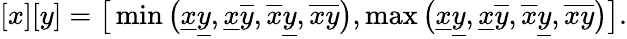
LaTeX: [x][y]=\big[\operatorname*{min}\big(\underline{{x}}\underline{{y}},\underline{{x}}\overline{{y}},\overline{{x}}\underline{{y}},\overline{{x}}\overline{{y}}\big),\operatorname*{max}\big(\underline{{x}}\underline{{y}},\underline{{x}}\overline{{y}},\overline{{x}}\underline{{y}},\overline{{x}}\overline{{y}}\big)\big].